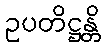
ဥပတိဋ္ဌန္တိ